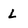
Character: L